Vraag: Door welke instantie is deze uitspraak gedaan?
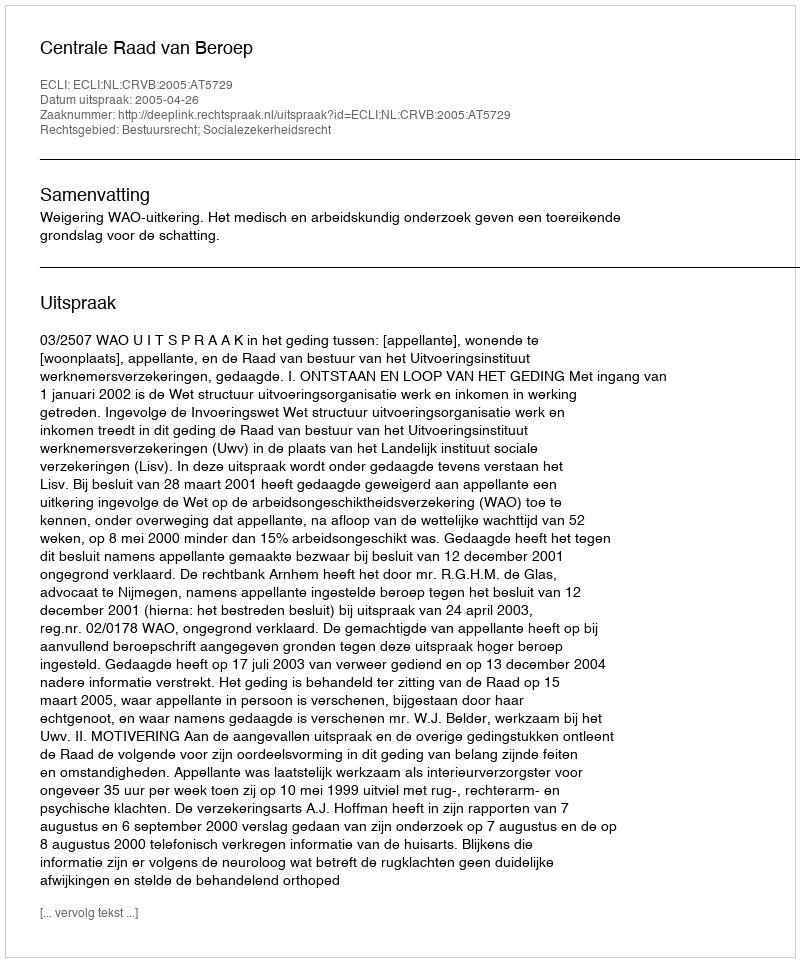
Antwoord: Centrale Raad van Beroep